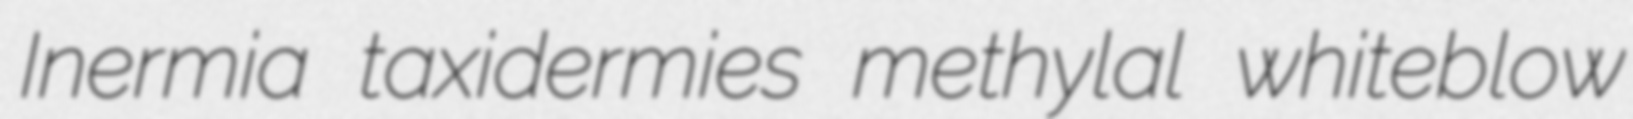
Inermia taxidermies methylal whiteblow